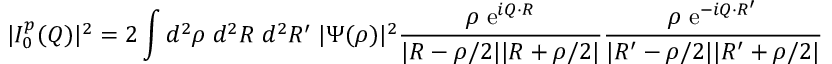
| I _ { 0 } ^ { p } ( Q ) | ^ { 2 } = 2 \int d ^ { 2 } \rho \; d ^ { 2 } R \; d ^ { 2 } R ^ { \prime } \; | \Psi ( \rho ) | ^ { 2 } \frac { \rho \; { \mathrm { e } } ^ { i Q \cdot R } } { | R - \rho / 2 | | R + \rho / 2 | } \frac { \rho \; { \mathrm { e } } ^ { - i Q \cdot R ^ { \prime } } } { | R ^ { \prime } - \rho / 2 | | R ^ { \prime } + \rho / 2 | }